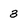
Character: 3